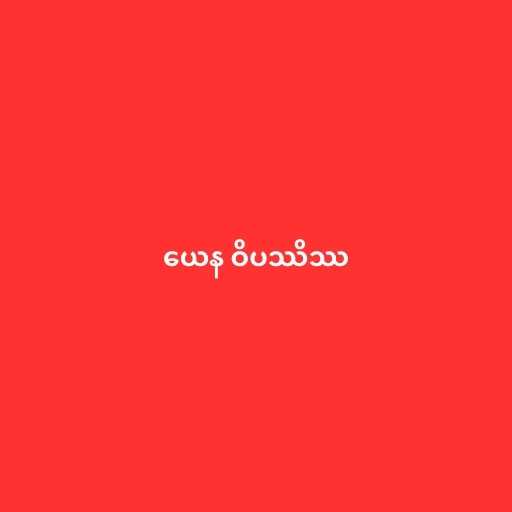
ယေန ဝိပဿိဿ